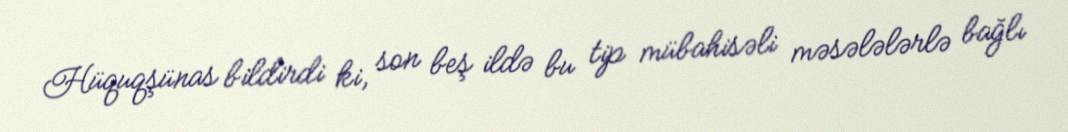
Hüquqşünas bildirdi ki, son beş ildə bu tip mübahisəli məsələlərlə bağlı